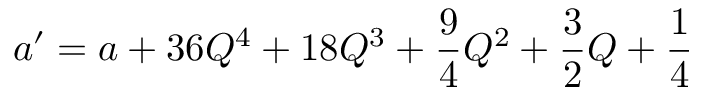
a ^ { \prime } = a + 3 6 Q ^ { 4 } + 1 8 Q ^ { 3 } + \frac { 9 } { 4 } Q ^ { 2 } + \frac { 3 } { 2 } Q + \frac { 1 } { 4 }